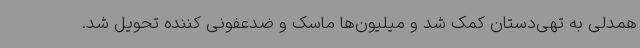
همدلی به تهی‌دستان کمک شد و میلیون‌ها ماسک و ضدعفونی کننده تحویل شد.